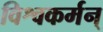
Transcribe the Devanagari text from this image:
विश्वकर्मन्‌